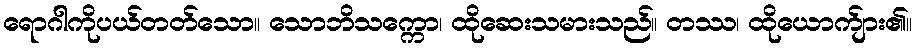
ရောဂါကိုပယ်တတ်သော။ သောဘိသက္ကော၊ ထိုဆေးသမားသည်။ တဿ၊ ထိုယောက်ျား၏။